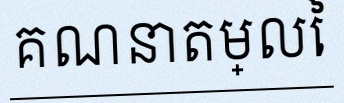
គណនាតម្លៃ